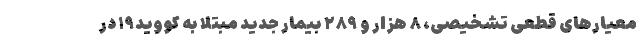
معیارهای قطعی تشخیصی، ۸ هزار و ۲۸۹ بیمار جدید مبتلا به کووید۱۹ در